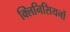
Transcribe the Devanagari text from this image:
क्लिनिसियनों